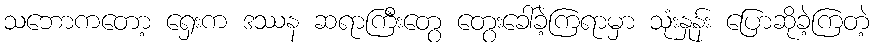
သဘောကတော့ ရှေးက ဒဿန ဆရာကြီးတွေ တွေးခေါ်ခဲ့ကြရာမှာ သုံးနှုန်း ပြောဆိုခဲ့ကြတဲ့